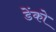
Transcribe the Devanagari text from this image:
डेंको